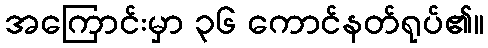
အကြောင်းမှာ ၃၆ ကောင်နတ်ရုပ်၏။